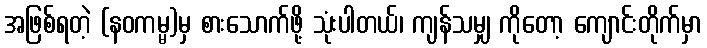
အဖြစ်ရတဲ့ (နဝကမ္မ)မှ စားသောက်ဖို့ သုံးပါတယ်၊ ကျန်သမျှ ကိုတော့ ကျောင်းတိုက်မှာ